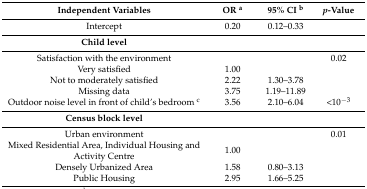
| Independent Variables | OR a | 95% CI b | p-Value |
 | --- | --- | --- | --- |
 | Intercept | 0.20 | 0.12–0.33 |  |
 | Child level |  |  |  |
 | Satisfaction with the environment |  |  | 0.02 |
 | Very satisfied | 1.00 |  |  |
 | Not to moderately satisfied | 2.22 | 1.30–3.78 |  |
 | Missing data | 3.75 | 1.19–11.89 |  |
 | Outdoor noise level in front of child’s bedroom c | 3.56 | 2.10–6.04 | <10−3 |
 | Census block level |  |  |  |
 | Urban environment |  |  | 0.01 |
 | Mixed Residential Area, Individual Housing and Activity Centre | 1.00 |  |  |
 | Densely Urbanized Area | 1.58 | 0.80–3.13 |  |
 | Public Housing | 2.95 | 1.66–5.25 |  |